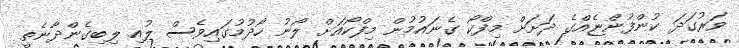
ވަރުގަދަ ކުންފުންޏެއްގެ ދަށަށް މިފްކޯ ގެނައުމުން މިފްކޯއަށް ލޯނު ހޯދުމުގައިވެސް ލުއި ލިބިގެންދާނެތީ